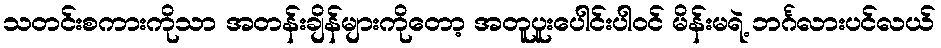
သတင်းစကားကိုသာ အတန်းချိန်များကိုတော့ အတူပူးပေါင်းပါဝင် မိန်းမရဲ့ ဘင်္ဂလားပင်လယ်